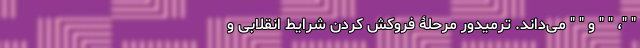
" "، " " و " " می‌داند. ترمیدور مرحلۀ فروکش کردن شرایط انقلابی و